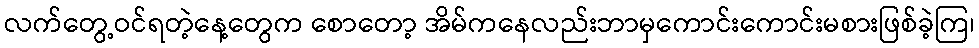
လက်တွေ့ဝင်ရတဲ့နေ့တွေက စောတော့ အိမ်ကနေလည်းဘာမှကောင်းကောင်းမစားဖြစ်ခဲ့ကြ၊